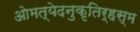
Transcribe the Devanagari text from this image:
ओमत्येदनुकृतिर्हस्म